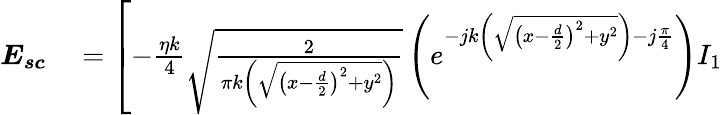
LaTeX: \begin{array}{rl}{\boldsymbol{E_{sc}}}&{{}=\left[-\frac{\eta k}{4}\sqrt{\frac{2}{\pi k\left(\sqrt{\left(x-\frac{d}{2}\right)^{2}+y^{2}}\right)}}\left(e^{-jk\left(\sqrt{\left(x-\frac{d}{2}\right)^{2}+y^{2}}\right)-j\frac{\pi}{4}}\right)I_{1}\right.}\end{array}